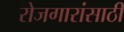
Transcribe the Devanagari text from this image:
रोजगारांसाठी